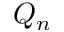
Q _ { n }